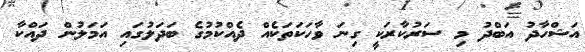
އަޝްހާދު އަބްދު މި ސަރުކާރަކީ ގިނަ ވާހަކަތަކެއް ދެއްކުމުގެ ބަދަލުގައި އަމަލުން ދައްކާ